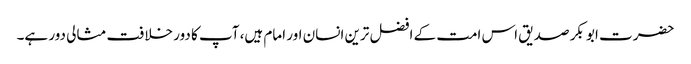
حضرت ابو بکر صدیق اس امت کے افضل ترین انسان اور امام ہیں، آپ کا دور خلافت مثالی دور ہے۔